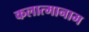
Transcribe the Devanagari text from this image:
कलात्मानाम